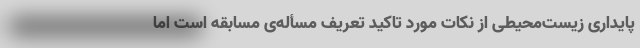
پایداری زیست‌محیطی از نکات مورد تاکید تعریف مسأله‌ی مسابقه است اما